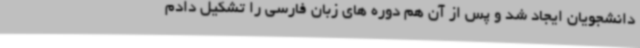
دانشجویان ایجاد شد و پس از آن هم دوره های زبان فارسی را تشکیل دادم